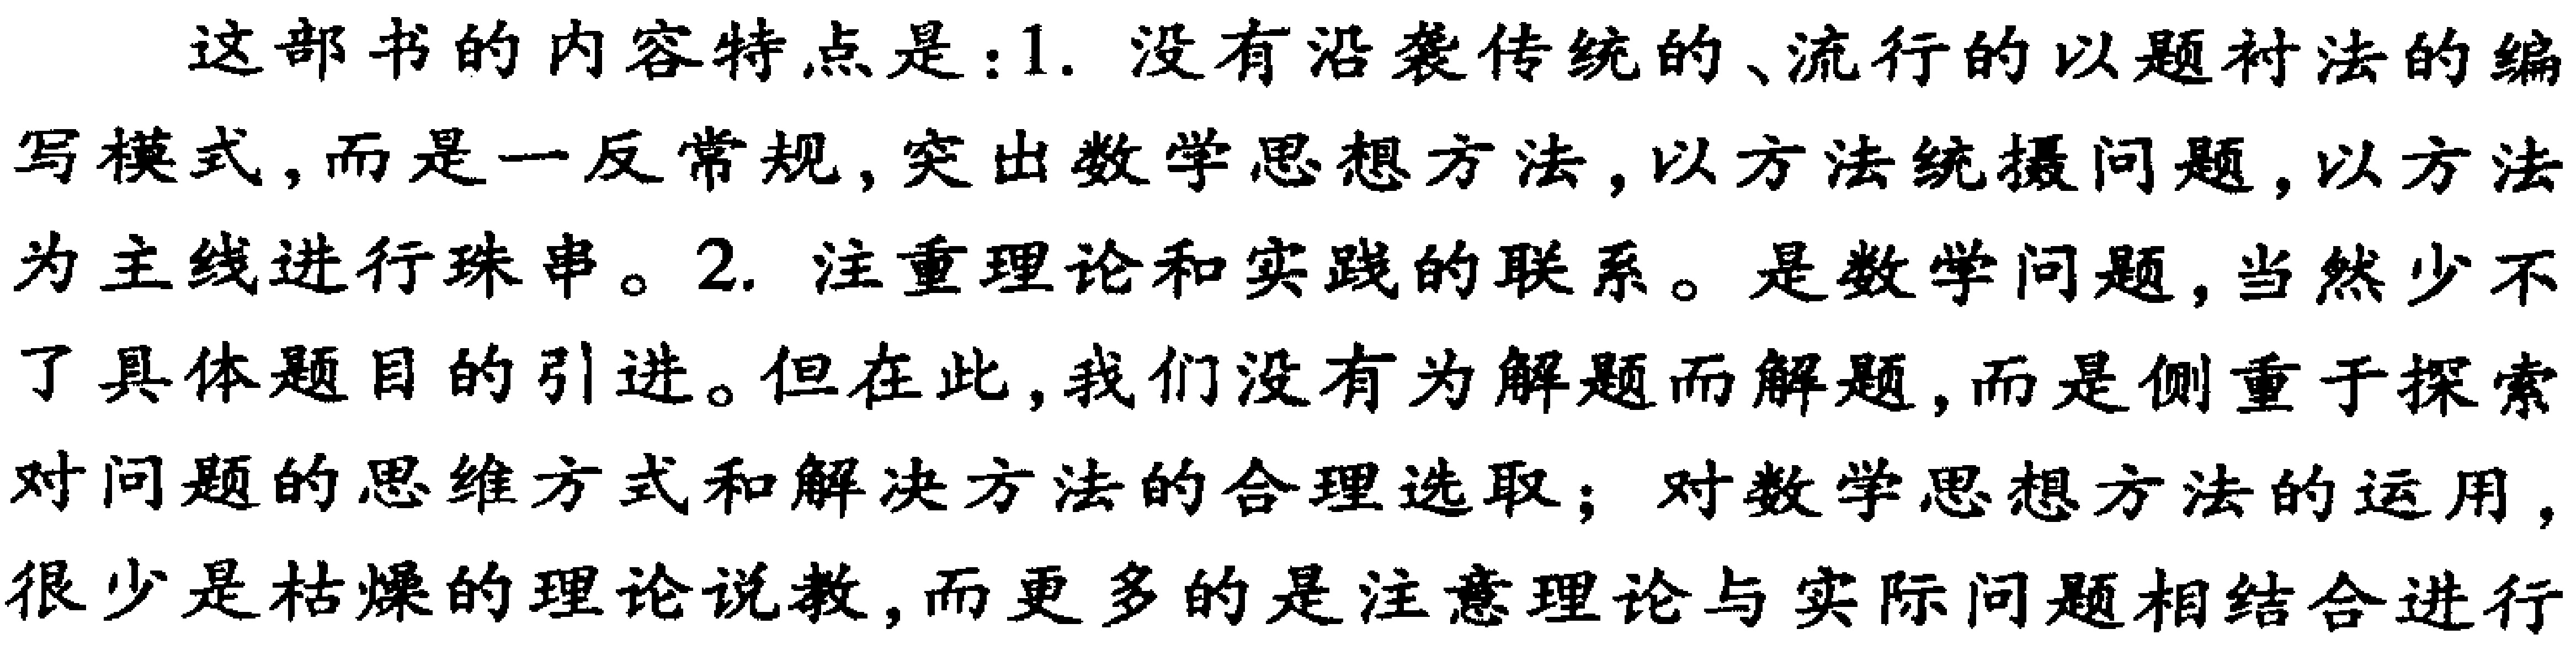
这部书的内容特点是：1. 没有沿袭传统的、流行的以题衬法的编写模式，而是一反常规，突出数学思想方法，以方法统摄问题，以方法为主线进行珠串。2. 注重理论和实践的联系。是数学问题，当然少不了具体题目的引进。但在此，我们没有为解题而解题，而是侧重于探索对问题的思维方式和解决方法的合理选取；对数学思想方法的运用，很少是枯燥的理论说教，而更多的是注意理论与实际问题相结合进行